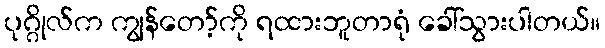
ပုဂ္ဂိုလ်က ကျွန်တော့်ကို ရထားဘူတာရုံ ခေါ်သွားပါတယ်။